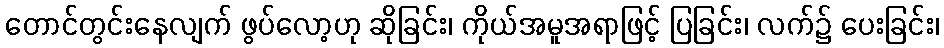
တောင်တွင်းနေလျက် ဖွပ်လော့ဟု ဆိုခြင်း၊ ကိုယ်အမူအရာဖြင့် ပြခြင်း၊ လက်၌ ပေးခြင်း၊